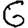
Digit: 6